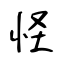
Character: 怪